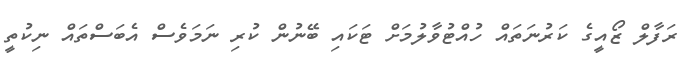
ރަފާލް ޒޯއީގެ ކަރުނަތައް ހުއްޓުވާލުމަށް ޓަކައި ބޭނުން ކުރި ނަމަވެސް އެބަސްތައް ނިކުތީ